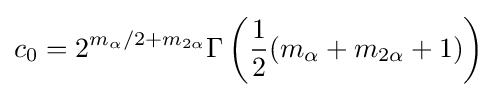
c_{0}=2^{m_{\alpha }/2+m_{2\alpha }}\Gamma \left({1 \over 2}(m_{\alpha }+m_{2\alpha }+1)\right)